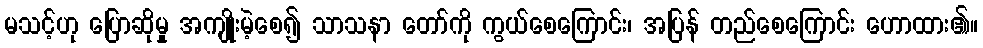
မသင့်ဟု ပြောဆိုမှု အကျိုးမဲ့စေ၍ သာသနာ တော်ကို ကွယ်စေကြောင်း၊ အပြန် တည်စေကြောင်း ဟောထား၏။